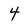
Character: 4